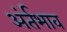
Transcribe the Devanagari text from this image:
अंर्तभाव